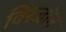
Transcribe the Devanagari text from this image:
विरजोन